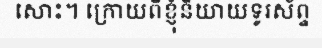
សោះ។ ក្រោយពីខ្ញុំនិយាយទូរស័ព្ទ